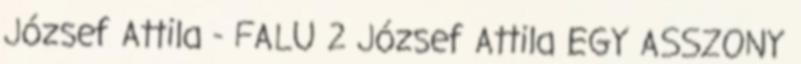
József Attila - FALU 2 József Attila EGY ASSZONY